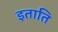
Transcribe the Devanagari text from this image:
इताति